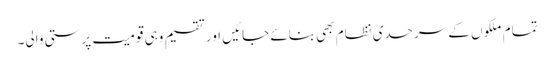
تمام ملکوں کے سرحدی نظام بھی بنائے جائیں اور تقسیم وہی قومیت پرستی والی۔